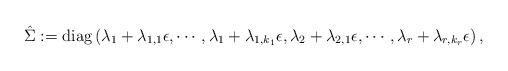
LaTeX: \begin{align*} \hat \Sigma:= {\rm diag}\left(\lambda_1+\lambda_{1,1}\epsilon,\cdots, \lambda_1+\lambda_{1,k_1}\epsilon, \lambda_2+\lambda_{2,1}\epsilon,\cdots, \lambda_r+\lambda_{r,k_r}\epsilon\right),\end{align*}